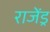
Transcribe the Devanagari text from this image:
राजेंड्र